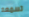
تسمعه